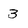
Character: 3